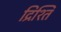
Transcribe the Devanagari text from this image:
द्रिश्ति